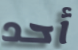
أحد